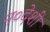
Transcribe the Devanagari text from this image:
न०देशी